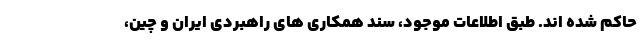
حاکم شده اند. طبق اطلاعات موجود، سند همکاری های راهبردی ایران و چین،